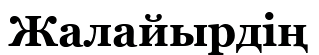
Жалайырдің